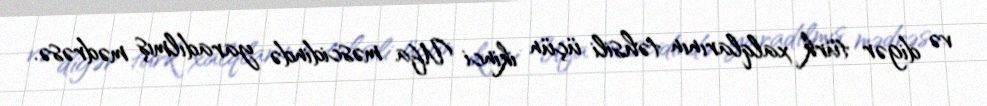
və digər türk xalqlarının təhsili üçün ikinci Ufa məscidində yaradılmış mədrəsə.